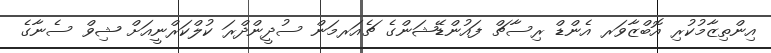
އިންތިޒާމުކުރި އޮބްޒާވަރ އެންޑް ރިސާޗް ފައުންޑޭޝަންގެ ޗެއަރމަން ސުދީންދްރަ ކުލްކަރްނީއަށް ޝިވް ސެނާގެ